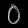
Digit: ၀